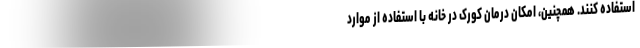
استفاده کنند. همچنین، امکان درمان کورک در خانه با استفاده از موارد